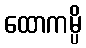
ထောကမ္ပိ